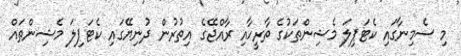
މި ސެމިނާގައި ކެޓަޕިލަ މެޝިންތަކުގެ ތާރީހާއި ރާއްޖޭގެ އިތުރުން ދުނިޔޭގައި ކެޓަޕިލަ މެޝިންތައް